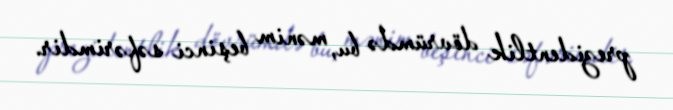
prezidentlik dövrümdə bu, mənim beşinci səfərimdir.